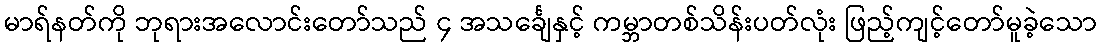
မာရ်နတ်ကို ဘုရားအလောင်းတော်သည် ၄ အသင်္ချေနှင့် ကမ္ဘာတစ်သိန်းပတ်လုံး ဖြည့်ကျင့်တော်မူခဲ့သော